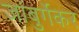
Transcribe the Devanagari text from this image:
जांबुर्गेकर